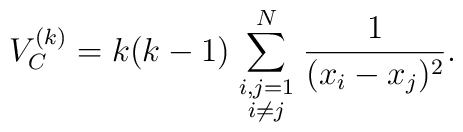
V_C^{(k)} = k(k-1) \sum_{\scriptstyle i,j=1 \atop \scriptstyle i\ne j}^N  \frac{1}{(x_i-x_j)^2}.